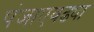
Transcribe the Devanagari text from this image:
पंजाएवढ्या